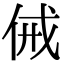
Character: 㑘